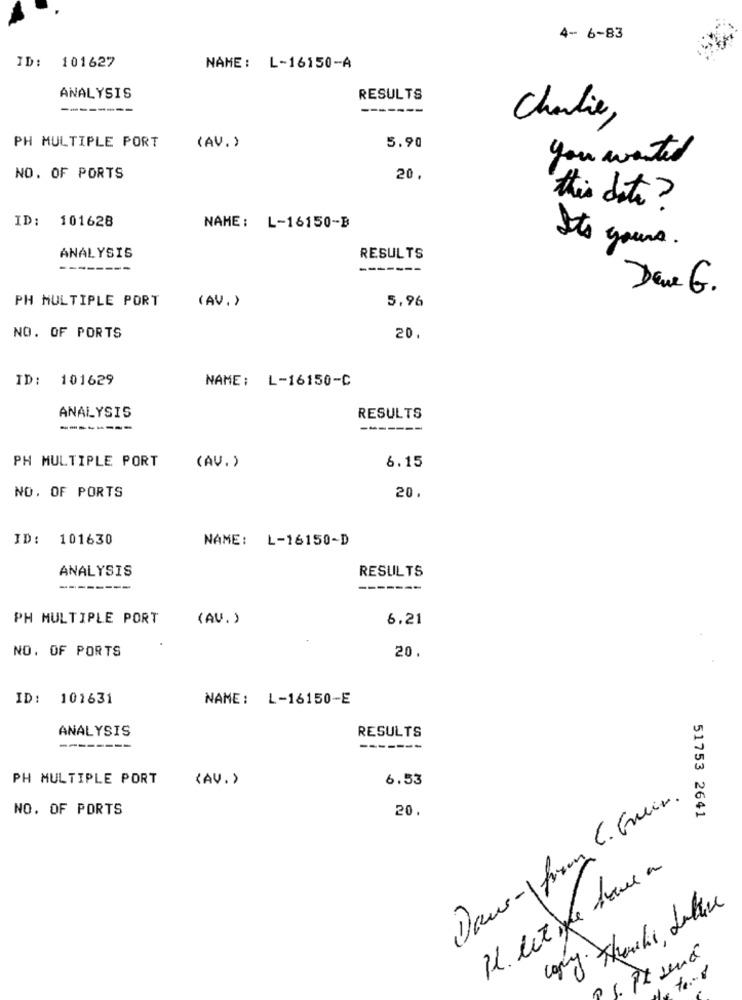
4- 6-83
ID: 101627
NAME: L-16150-A
ANALYSIS
RESULTS
--------
-------
Charlie,
PH MULTIPLE PORT
(AV. )
5.90
you wanted
NO. OF PORTS
20.
this dite ?
ID: 101628
NAME: L-16150-B
Its yours.
ANALYSIS
RESULTS
--------
-------
Deve G.
PH MULTIPLE PORT
(AV. )
5,96
NO. OF PORTS
20.
ID: 101629
NAME: L-16150-C
ANALYSIS
RESULTS
--------
-------
PH MULTIPLE PORT
(AV.)
6.15
NO. OF PORTS
20.
ID: 101630
NAME: L-16150-D
ANALYSIS
RESULTS
------
-------
PH MULTIPLE PORT
(AV. )
6.21
NO. OF PORTS
20.
ID: 101631
NAME: L-16150-E
ANALYSIS
RESULTS
--------
-------
PH MULTIPLE PORT
(AV. ›
6.53
Dans-\from . Grein.
NO. OF PORTS
20.
51753 2641
Il. let,le forme a
copy. thanks, Laluce